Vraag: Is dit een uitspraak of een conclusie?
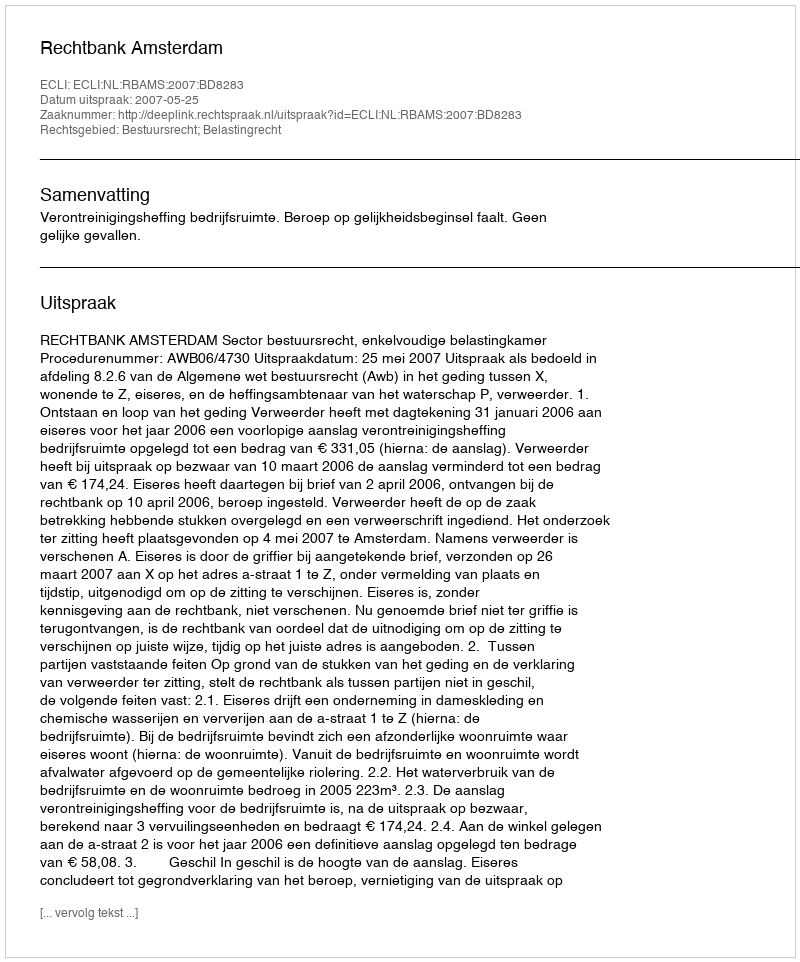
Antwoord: Uitspraak